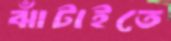
ঝাঁটাইতে